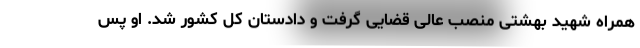
همراه شهید بهشتی منصب عالی قضایی گرفت و دادستان کل کشور شد. او پس